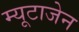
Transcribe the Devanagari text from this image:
म्यूटाजेन